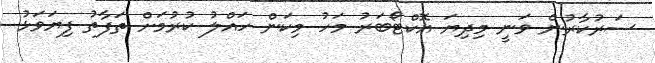
ސަރުކާރުން ވަނީ މިދިޔަ އޮކްޓޯބަރު މަހު މިކަން ހައްލު ކުރުމަށް ތަފާތު ފިޔަވަޅު